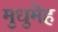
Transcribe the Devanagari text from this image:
मुधुमेह